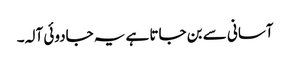
آسانی سے بن جاتا ہے یہ جادوئی آلہ۔